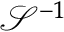
\mathcal { S } ^ { - 1 }